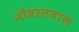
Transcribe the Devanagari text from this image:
नौबस्तवाल